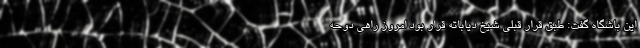
این باشگاه گفت: طبق قرار قبلی شیخ دیاباته قرار بود امروز راهی دوحه